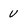
Character: v